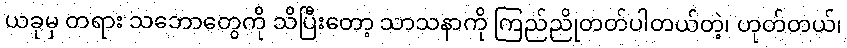
ယခုမှ တရား သဘောတွေကို သိပြီးတော့ သာသနာကို ကြည်ညိုတတ်ပါတယ်တဲ့၊ ဟုတ်တယ်၊